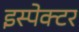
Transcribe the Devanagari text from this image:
इस्पेक्टर